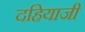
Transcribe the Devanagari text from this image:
दहियाजी